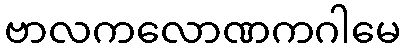
ဗာလကလောဏကဂါမေ